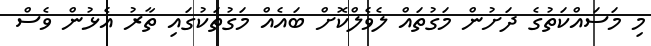
މި މަސައްކަތުގެ ދަށުން މަގުތައް ލެވެލްކޮށް ބައެއް މަގުތަކުގައި ތާރު އެޅުން ވެސް